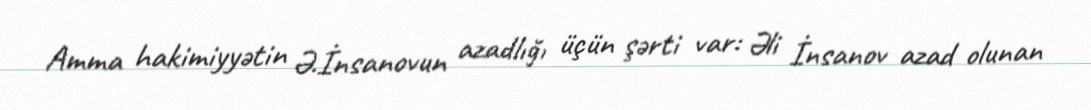
Amma hakimiyyətin Ə.İnsanovun azadlığı üçün şərti var: Əli İnsanov azad olunan